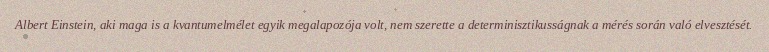
Albert Einstein, aki maga is a kvantumelmélet egyik megalapozója volt, nem szerette a determinisztikusságnak a mérés során való elvesztését.